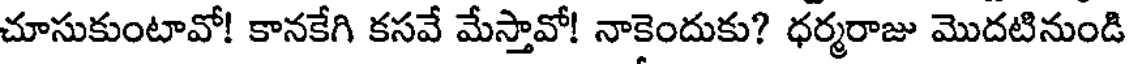
చూసుకుంటావో! కానకేగి కసవే మేస్తావో! నాకెందుకు? ధర్మరాజు మొదటినుండి